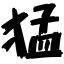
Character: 猛